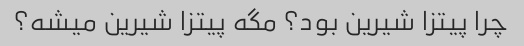
چرا پیتزا شیرین بود؟ مگه پیتزا شیرین میشه؟